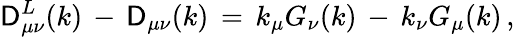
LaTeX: \mathsf{D}_{\mu\nu}^{L}(k)\, -\, \mathsf{D}_{\mu\nu}(k)\, =\, k_{\mu}G_{\nu}(k)\, -\, k_{\nu}G_{\mu}(k)\, ,